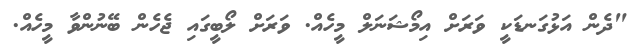
"ދެން އަޅުގަނޑަކީ ވަރަށް އިމޯޝަނަލް މީހެއް. ވަރަށް ލޯބީގައި ޖެހެން ބޭނުންވާ މީހެއް.